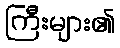
ကြီးများ၏